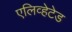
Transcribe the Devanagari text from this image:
एलिव्हेटेड